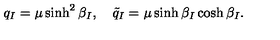
q _ { I } = \mu \sinh ^ { 2 } \beta _ { I } , \quad \tilde { q } _ { I } = \mu \sinh \beta _ { I } \cosh \beta _ { I } .